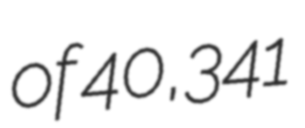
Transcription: of 40,341